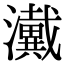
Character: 瀻